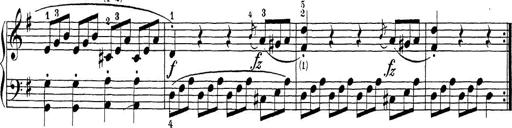
Title: Sonatina Album
Composer: Louis KÃ¶hler